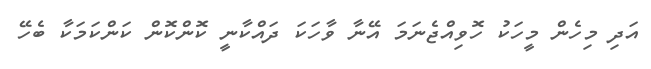
އަދި މިހެން މީހަކު ހޮވިއްޖެނަމަ އޭނާ ވާހަކަ ދައްކާނީ ކޮންކޮން ކަންކަމަކާ ބެހޭ